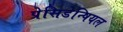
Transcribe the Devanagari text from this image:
प्रेसिडेन्षियल